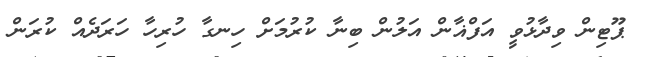
ޕޫޓިން ވިދާޅުވީ އަފްޣާން އަލުން ބިނާ ކުރުމަށް ހިނގާ ހުރިހާ ހަރަދެއް ކުރަން